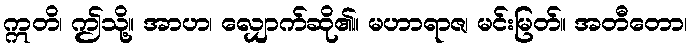
ဣတိ၊ ဤသို့။ အာဟ၊ လျှောက်ဆို၏။ မဟာရာဇ၊ မင်းမြတ်။ အတီတော၊